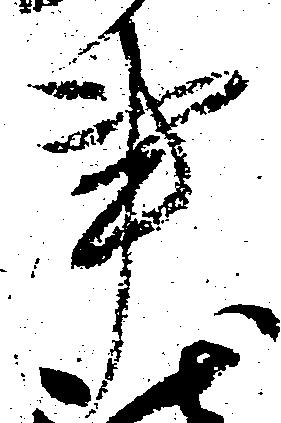
事